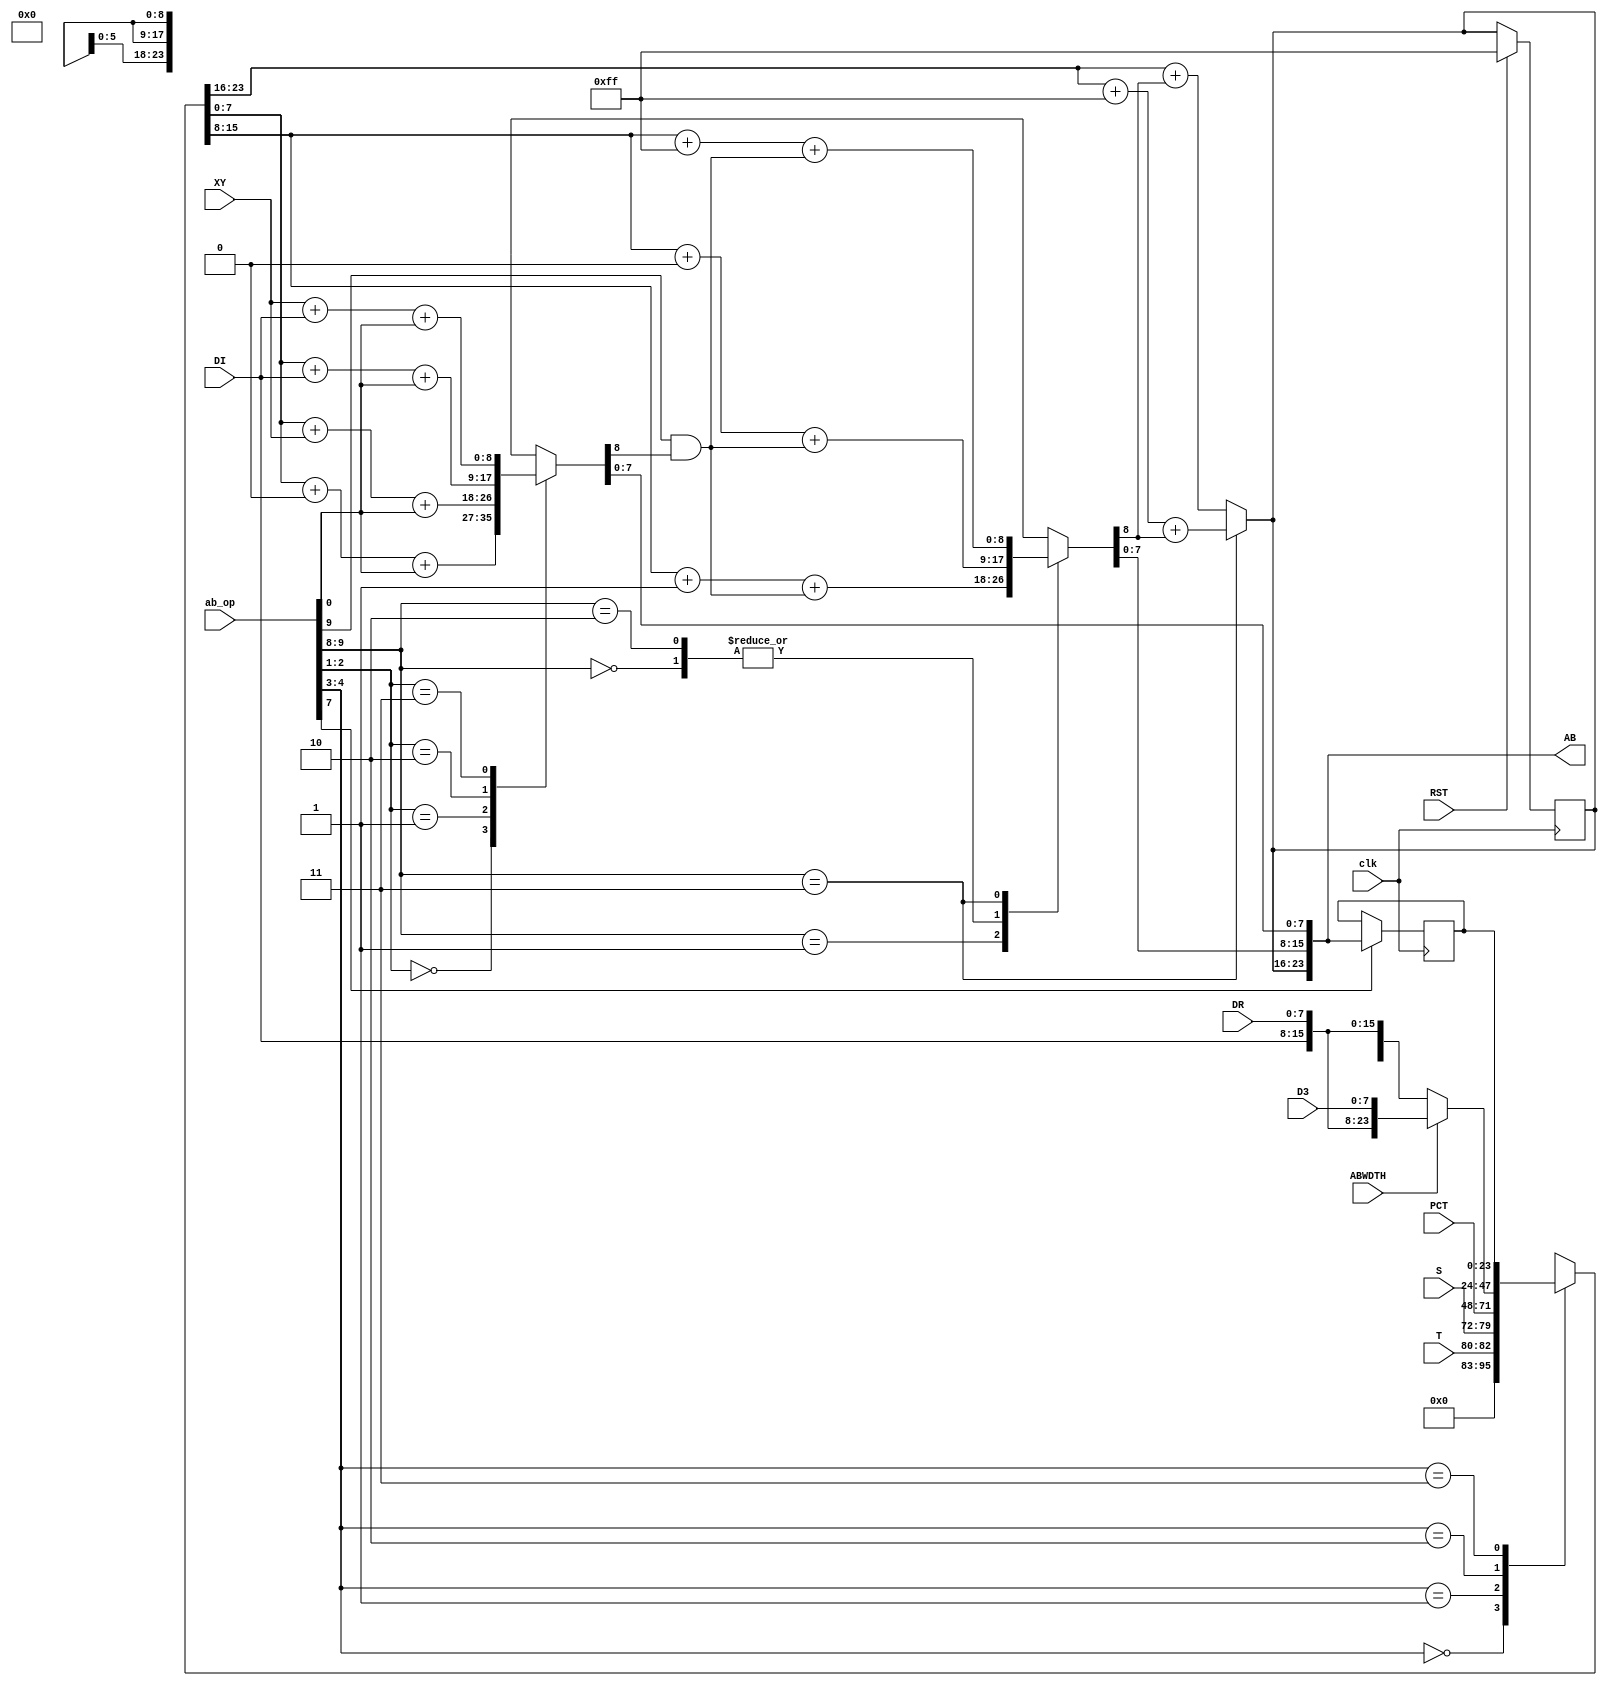
module ab(
    input clk,
    input RST,
    input [9:0] ab_op,              // ab_op = bus_op[9:0]
    input [2:0] T,
    input [7:0] S,
    input [7:0] DI,
    input [7:0] DR,
    input [7:0] D3,
    input [7:0] XY,
    input ABWDTH,                   // address bus width = AB16 or AB24
    output [23:0] AB,
    input [23:0] PCT );

reg [7:0] AB3;
reg [7:0] ABH;
reg [7:0] ABL;
assign AB = { AB3, ABH, ABL };

/* 
 * ab_hold stores a copy of current address to be used
 * later.
 */
reg [23:0] ab_hold;

always @(posedge clk)
    if( ab_op[7] )                  // h 1'b
        ab_hold = AB;

/*
 * reset
 */
always @(posedge clk)
    if( RST ) begin
        AB3 = 8'hff;
    end

/*
 * determine base address
 */
reg [23:0] base;

always @* begin
    case( ab_op[4:3] )              // BS 2'b
       2'b00: base = {8'h00, 5'h00, T, S};
       2'b01: base = PCT;
       2'b10: if (ABWDTH == 1'b1) base = {DI, DR, D3};
              else base = {8'h00, DI, DR};
       2'b11: base = ab_hold;
    endcase
//$display("BASE:%0h ABW:%b DI:%0h DR:%0h D3:%0h OP:%b", base, ABWDTH, DI, DR, D3, ab_op[4:3]);
end

/*
 * add offset to the base address. We split the address into
 * two separate bytes, because sometimes the address should
 * wrap within the page, so we can't always let the carry 
 * go through.
 */

wire abl_ci = ab_op[0];     // carry input from operation
reg abl_co;                 // carry output from low byte (7:0)
reg abh_co;                 // carry output from high byte (15:8)

always @* begin
    case( ab_op[2:1] )              // +X 2'b
        2'b00: {abl_co, ABL} = base[7:0] + 00 + abl_ci;
        2'b01: {abl_co, ABL} = base[7:0] + XY + abl_ci;
        2'b10: {abl_co, ABL} = base[7:0] + DI + abl_ci;
        2'b11: {abl_co, ABL} = XY        + DI + abl_ci;
    endcase
//if (ab_op[2:1] == 2'b00) $display("+00 AB:%0h base:%0h X:%0h C:%b ABW:%b", AB, base, XY, abl_ci, ABWDTH);
//if (ab_op[2:1] == 2'b01) $display("+XY AB:%0h base:%0h X:%0h C:%b ABW:%b", AB, base, XY, abl_ci, ABWDTH);
//$display("ABL:%h", ABL);
end

/*
 * carry input for high byte 
 */
wire abh_ci = ab_op[9] & abl_co;    // + in +H 2'b

/* 
 * calculate address high byte
 */
always @* begin
    case( ab_op[9:8] )              // +H 2'b
        2'b00: {abh_co, ABH} = base[15:8] + 8'h00 + abh_ci;   // ci = 0
        2'b01: {abh_co, ABH} = base[15:8] + 8'h01 + abh_ci;   // ci = 0
        2'b10: {abh_co, ABH} = base[15:8] + 8'h00 + abh_ci;   // ci = abl_ci
        2'b11: {abh_co, ABH} = base[15:8] + 8'hff + abh_ci;   // ci = abl_ci
    endcase
//$display("ABH:%h", ABH);
end

/* 
 * calculate 3rd address byte
 */
always @* begin
    case( ab_op[9:8] )              // +H 2'b
        2'b11: AB3 = base[23:16] + 8'hff + abh_co;  // BACK
        default: AB3 = base[23:16] + abh_co;        // FORWARD
    endcase    
//$display("AB3:%h", AB3);
end

endmodule